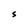
Character: S